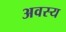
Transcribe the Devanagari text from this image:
अवस्य